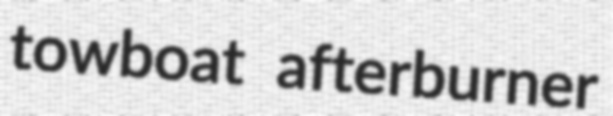
towboat afterburner